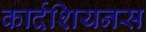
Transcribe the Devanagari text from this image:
कार्दशियनस